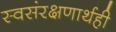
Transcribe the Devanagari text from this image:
स्वसंरक्षणार्थही